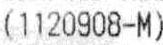
(1120908-M)